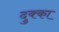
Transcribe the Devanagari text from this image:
दुक्का